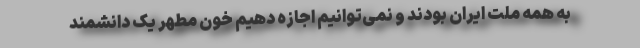
به همه ملت ایران بودند و نمی‌توانیم اجازه دهیم خون مطهر یک دانشمند